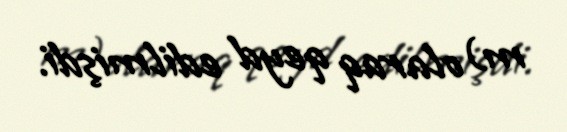
m) olaraq qeyd edilmişdi.